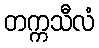
တက္ကသီလံ